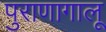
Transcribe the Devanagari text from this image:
पुराणागालू